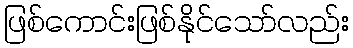
ဖြစ်ကောင်းဖြစ်နိုင်သော်လည်း